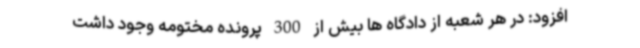
افزود: در هر شعبه از دادگاه ها بیش از 300 پرونده مختومه وجود داشت